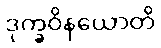
ဒုက္ခဝိနယောတိ